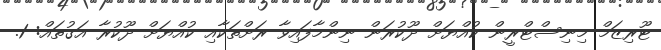
ޓޫރިޒަމް މިނިސްޓްރީން ކުއްޔަށް ދޫކުރަން ނިންމާފައިވާ ރަށްތަކާއި ކުއްޔަށް ދޫކުރާ އަގުތައް: 1.